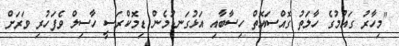
"މިހާރު ގައުމުގެ ހާލަތު ގޮއްސައޮތް ހިސާބާއި އަޅުގަނޑުމެން ޑިމޮކްރަސީ ހާސިލް ވެފަހުރި ވަރަށް